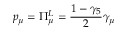
p _ { \mu } = \Pi _ { \mu } ^ { L } = \frac { 1 - \gamma _ { 5 } } { 2 } \gamma _ { \mu }